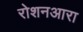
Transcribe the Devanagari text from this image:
रोशनआरा